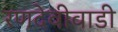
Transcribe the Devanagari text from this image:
रणदेवीवाडी